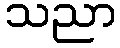
သညာ